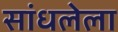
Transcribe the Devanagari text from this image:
सांधलेला